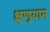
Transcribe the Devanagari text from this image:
क्षृणुयाम